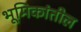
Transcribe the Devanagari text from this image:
भूमिकांतील